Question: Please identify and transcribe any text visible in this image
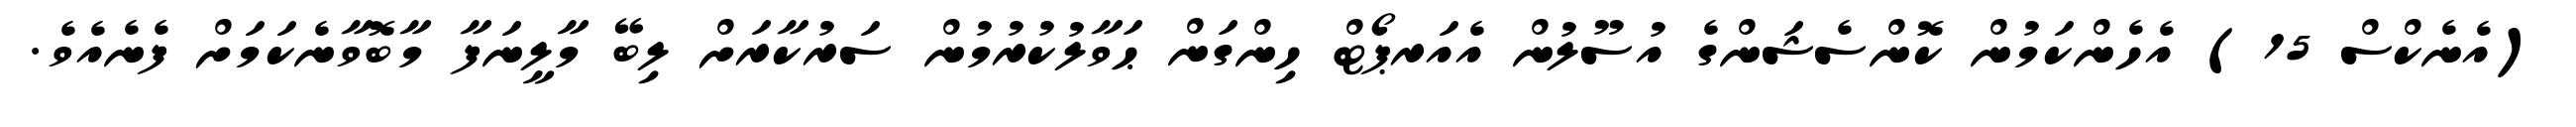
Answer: (އެނެކްސް 15) އެހެންކަމުން ކޮންސެޝަންގެ އުސޫލުން އެއަރޕޯޓް ހިންގަން ޙަވާލުކުރުމުން ސަރުކާރަށް ލިބޭ މާލީނަފާ މާބޮވާނެކަމަށް ފެނެއެވެ.